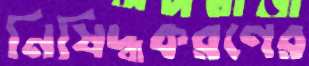
নিষিদ্ধকরণের